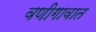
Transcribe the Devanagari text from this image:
वणीगावात